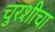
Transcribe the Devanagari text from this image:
चुरशीचा